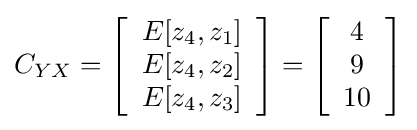
C_{YX}=\left[{\begin{array}{c}E[z_{4},z_{1}]\\E[z_{4},z_{2}]\\E[z_{4},z_{3}]\end{array}}\right]=\left[{\begin{array}{c}4\\9\\10\end{array}}\right]